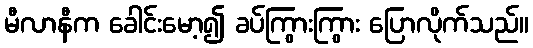
မီလာနီက ခေါင်းမော့၍ ခပ်ကြွားကြွား ပြောလိုက်သည်။